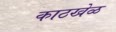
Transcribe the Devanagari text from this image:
काठखेळ